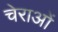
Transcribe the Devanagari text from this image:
चेराओं